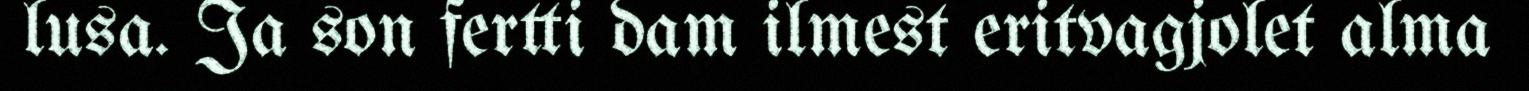
lusa. Ja son fertti dam ilmest eritvagjolet alma